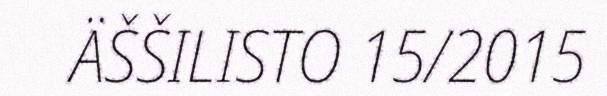
ÄŠŠILISTO 15/2015